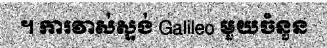
។ ការវាស់ស្ទង់ Galileo មួយចំនួន